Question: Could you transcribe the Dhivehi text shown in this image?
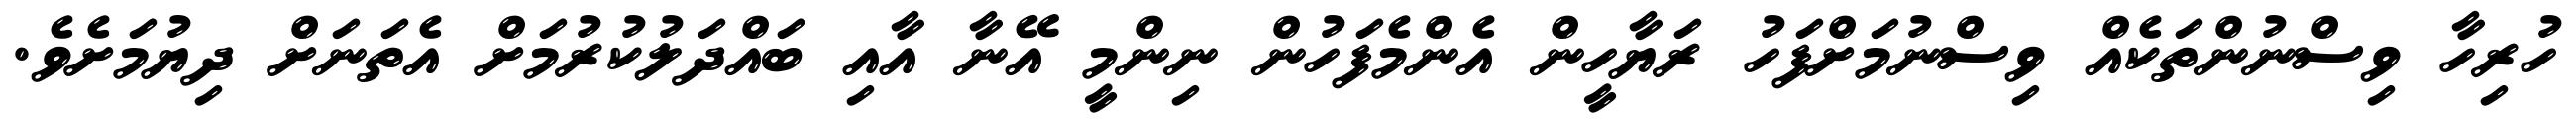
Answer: ހުރިހާ ވިސްނުންތަކެއް ވިސްނުމަށްފަހު ރަޔާހީން އެންމެފަހުން ނިންމީ އޭނާ އާއި ބައްދަލުކުރުމަށް އެތަނަށް ދިޔުމަށެވެ.